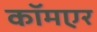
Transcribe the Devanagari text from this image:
कॉमएर